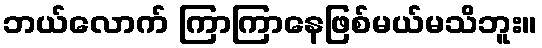
ဘယ်လောက် ကြာကြာနေဖြစ်မယ်မသိဘူး။